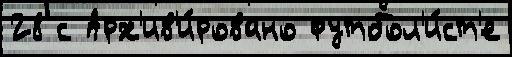
28 с Арх'ив'и́ровано футбол'и́ст'е